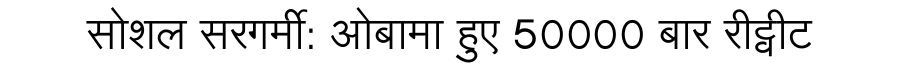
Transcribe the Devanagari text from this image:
सोशल सरगर्मी: ओबामा हुए 50000 बार रीट्वीट